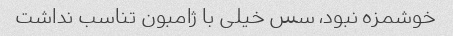
خوشمزه نبود، سس خیلی با ژامبون تناسب نداشت